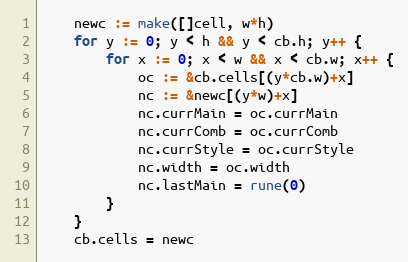
Language: Go
	newc := make([]cell, w*h)
	for y := 0; y < h && y < cb.h; y++ {
		for x := 0; x < w && x < cb.w; x++ {
			oc := &cb.cells[(y*cb.w)+x]
			nc := &newc[(y*w)+x]
			nc.currMain = oc.currMain
			nc.currComb = oc.currComb
			nc.currStyle = oc.currStyle
			nc.width = oc.width
			nc.lastMain = rune(0)
		}
	}
	cb.cells = newc